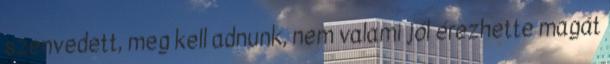
szenvedett, meg kell adnunk, nem valami jól érezhette magát